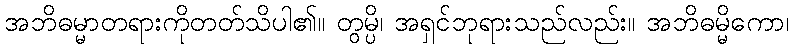
အဘိဓမ္မာတရားကိုတတ်သိပါ၏။ တွမ္ပိ၊ အရှင်ဘုရားသည်လည်း။ အဘိဓမ္မိကော၊